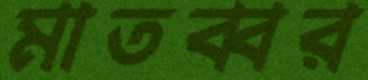
মাতব্বর